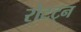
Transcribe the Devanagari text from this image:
रोटट्न